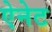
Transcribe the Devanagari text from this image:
ऐनेट